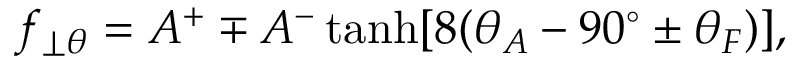
f _ { \perp \theta } = A ^ { + } \mp A ^ { - } \operatorname { t a n h } [ 8 ( \theta _ { A } - 9 0 ^ { \circ } \pm \theta _ { F } ) ] ,